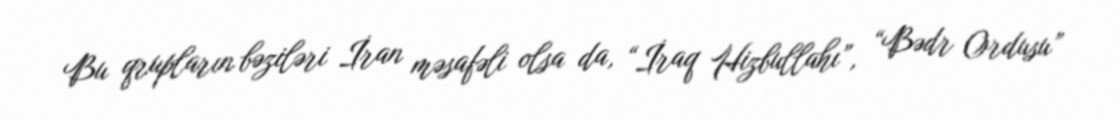
Bu qrupların bəziləri İran məsafəli olsa da, “İraq Hizbullahı”, “Bədr Ordusu”